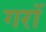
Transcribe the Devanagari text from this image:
गराॅ